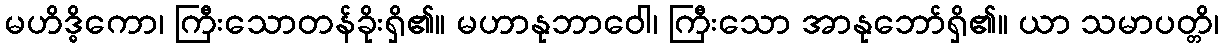
မဟိဒ္ဓိကော၊ ကြီးသောတန်ခိုးရှိ၏။ မဟာနုဘာဝေါ၊ ကြီးသော အာနုဘော်ရှိ၏။ ယာ သမာပတ္တိ၊